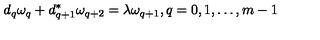
d _ { q } \omega _ { q } + d _ { q + 1 } ^ { * } \omega _ { q + 2 } = \lambda \omega _ { q + 1 } , q = 0 , 1 , \dots , m - 1